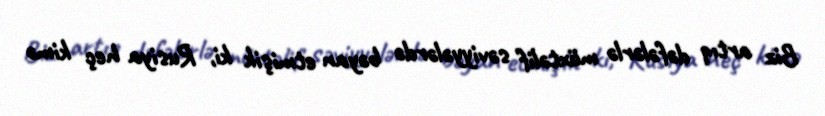
Biz artıq dəfələrlə müxtəlif səviyyələrdə bəyan etmişik ki, Rusiya heç kimə